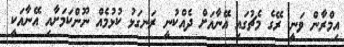
އިމްރާން ވަނީ ރޭގެ މެޗުގައި އޭނާއަށް ދެއްކުނީ ރަނގަޅު ކުޅުމެއް ނޫންކަމަށާއި އޭނާއަކީ